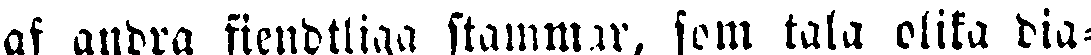
af andra fiendtliga stammar, som tala olika dia-